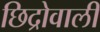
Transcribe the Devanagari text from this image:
छिद्रोवाली